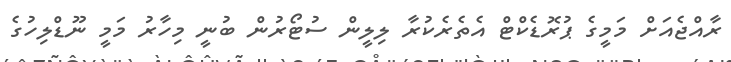
ރާއްޖެއަށް މަމީގެ ޕުރޮޑެކްޓް އެތެރެކުރާ ލިލީން ސުޓޯރުން ބުނީ މިހާރު މަމީ ނޫޑްލިހުގެ